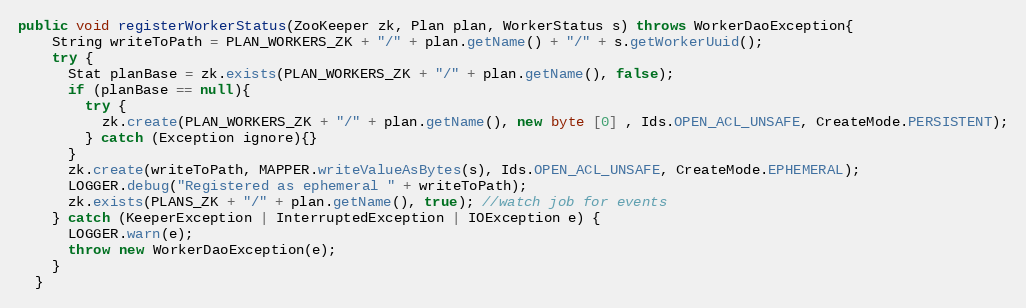
Language: Java
public void registerWorkerStatus(ZooKeeper zk, Plan plan, WorkerStatus s) throws WorkerDaoException{
    String writeToPath = PLAN_WORKERS_ZK + "/" + plan.getName() + "/" + s.getWorkerUuid();
    try {
      Stat planBase = zk.exists(PLAN_WORKERS_ZK + "/" + plan.getName(), false);
      if (planBase == null){
        try {
          zk.create(PLAN_WORKERS_ZK + "/" + plan.getName(), new byte [0] , Ids.OPEN_ACL_UNSAFE, CreateMode.PERSISTENT);
        } catch (Exception ignore){}
      }
      zk.create(writeToPath, MAPPER.writeValueAsBytes(s), Ids.OPEN_ACL_UNSAFE, CreateMode.EPHEMERAL);
      LOGGER.debug("Registered as ephemeral " + writeToPath);
      zk.exists(PLANS_ZK + "/" + plan.getName(), true); //watch job for events
    } catch (KeeperException | InterruptedException | IOException e) {
      LOGGER.warn(e);
      throw new WorkerDaoException(e);
    }
  }